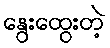
နွေးထွေးတဲ့